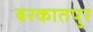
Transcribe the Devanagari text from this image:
बरकातपुर